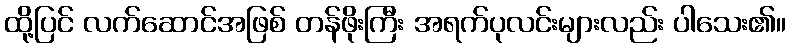
ထို့ပြင် လက်ဆောင်အဖြစ် တန်ဖိုးကြီး အရက်ပုလင်းများလည်း ပါသေး၏။